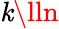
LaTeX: \mathit{k}\lln